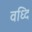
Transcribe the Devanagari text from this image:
वध्दि